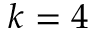
k = 4